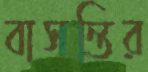
বাসন্তির